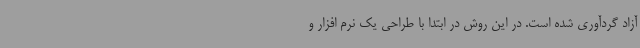
آزاد گردآوری شده است. در این روش در ابتدا با طراحی یک نرم افزار و